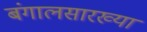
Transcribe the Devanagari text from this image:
बंगालसारख्या